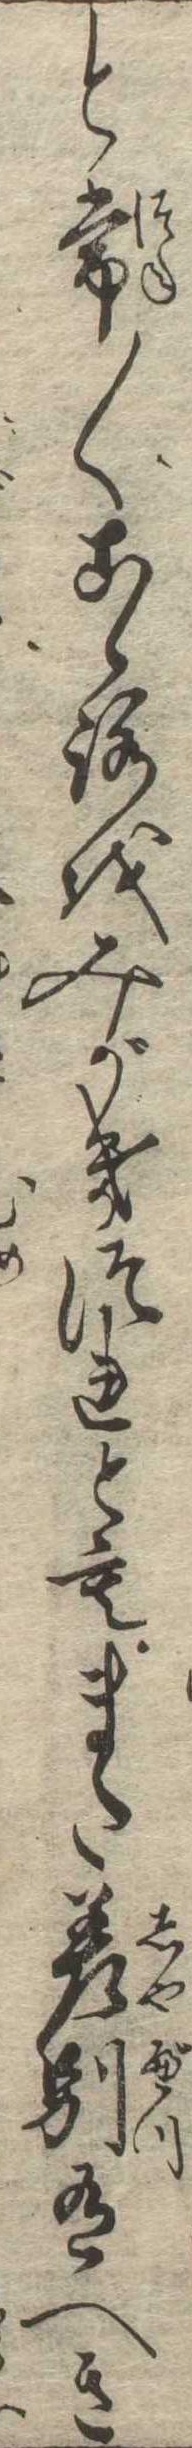
と常〱こゝろをみがきつれともまた差別有へき